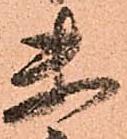
未